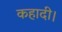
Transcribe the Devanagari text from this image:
कहादी।